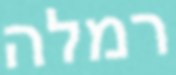
רמלה